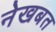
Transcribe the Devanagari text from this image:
नेखबत